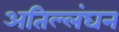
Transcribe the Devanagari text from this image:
अतिल्लंघन